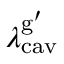
{ \lambda _ { \mathrm { c a v } } ^ { \mathrm { g } ^ { \prime } } }